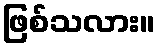
ဖြစ်သလား။